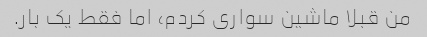
من قبلا ماشین سواری کردم، اما فقط یک بار.